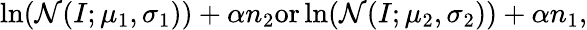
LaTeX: \ln(\mathcal{N}(I;\mu_{1},\sigma_{1}))+\alpha n_{2}\textnormal{or}\ln(\mathcal{N}(I;\mu_{2},\sigma_{2}))+\alpha n_{1},